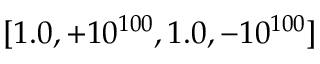
[ 1 . 0 , + 1 0 ^ { 1 0 0 } , 1 . 0 , - 1 0 ^ { 1 0 0 } ]